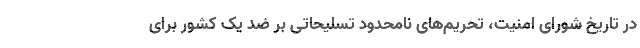
در تاریخ شورای امنیت، تحریم‌های نامحدود تسلیحاتی بر ضد یک کشور برای